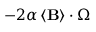
- 2 \alpha \left\langle \mathbf { B } \right\rangle \cdot \boldsymbol { \Omega }